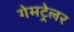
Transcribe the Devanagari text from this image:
गेमट्रेलर